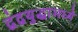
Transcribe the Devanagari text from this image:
द्वंद्वयुद्धामध्ये